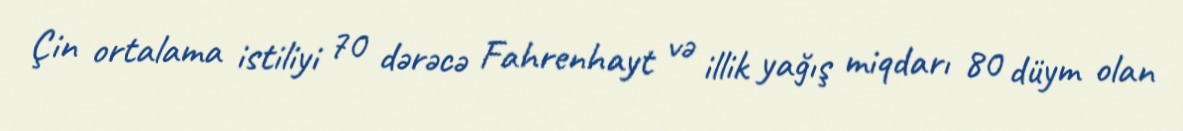
Çin ortalama istiliyi 70 dərəcə Fahrenhayt və illik yağış miqdarı 80 düym olan